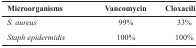
| Microorganisms | Vancomycin | Cloxaciline |
 | --- | --- | --- |
 | S. aureus | 99% | 33% |
 | Staph epidermidis | 100% | 100% |